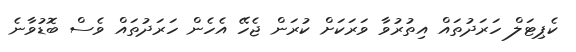
ކެޕިޓަލް ހަރަދުތައް އިތުރުވާ ވަރަކަށް ކުރަން ޖެހޭ އެހެން ހަރަދުތައް ވެސް ބޮޑުވާނެ